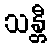
သန္တီ